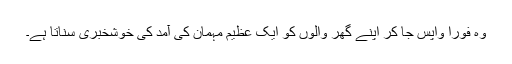
وہ فوراً واپس جا کر اپنے گھر والوں کو ایک عظیم مہمان کی آمد کی خوشخبری سناتا ہے۔